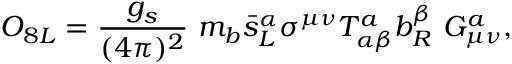
O _ { 8 L } = { \frac { g _ { s } } { ( 4 \pi ) ^ { 2 } } } ~ m _ { b } \bar { s } _ { L } ^ { \alpha } \sigma ^ { \mu \nu } T _ { \alpha \beta } ^ { a } b _ { R } ^ { \beta } ~ G _ { \mu \nu } ^ { a } ,